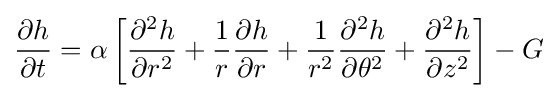
{\frac {\partial h}{\partial t}}=\alpha \left[{\frac {\partial ^{2}h}{\partial r^{2}}}+{\frac {1}{r}}{\frac {\partial h}{\partial r}}+{\frac {1}{r^{2}}}{\frac {\partial ^{2}h}{\partial \theta ^{2}}}+{\frac {\partial ^{2}h}{\partial z^{2}}}\right]-G